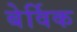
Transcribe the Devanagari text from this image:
बेर्विक